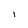
Character: I